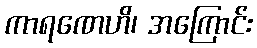
ကာရဏေဟိ၊ အကြောင်း